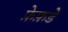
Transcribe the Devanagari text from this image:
फ़ेफ़डे